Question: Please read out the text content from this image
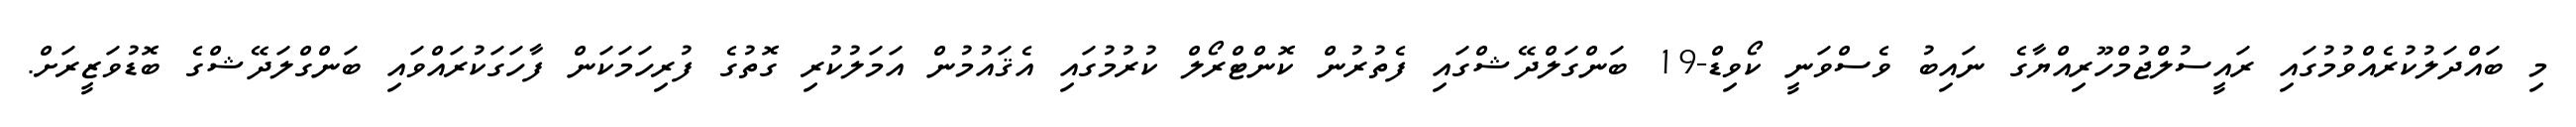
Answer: މި ބައްދަލުކުރެއްވުމުގައި ރައީސުލްޖުމްހޫރިއްޔާގެ ނައިބު ވެސްވަނީ ކޯވިޑް-19 ބަންގަލްދޭޝްގައި ފެތުރުން ކޮންޓްރޯލް ކުރުމުގައި އެޤައުމުން އަމަލުކުރި ގޮތުގެ ފުރިހަމަކަން ފާހަގަކުރައްވައި ބަންގްލަދޭޝްގެ ބޮޑުވަޒީރަށް.